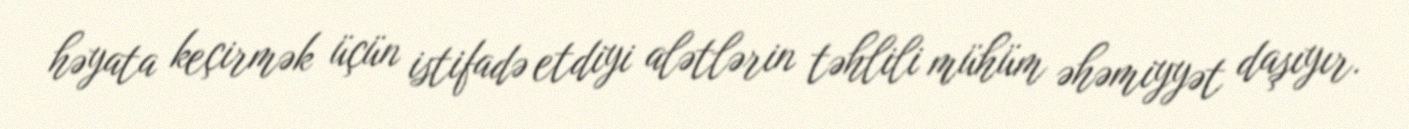
həyata keçirmək üçün istifadə etdiyi alətlərin təhlili mühüm əhəmiyyət daşıyır.